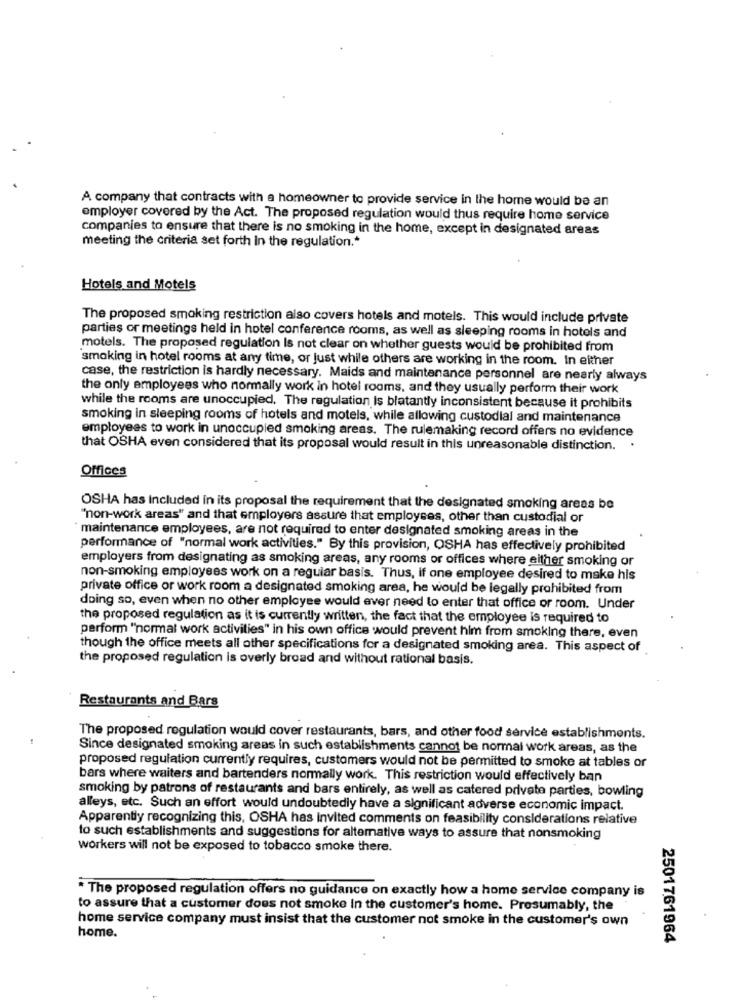
A company that contracts with a homeowner to provide service in the home would be an
employer covered by the Act. The proposed regulation would thus require home service
companies to ensure that there is no smoking in the home, except in designated areas
meeting the criteria set forth In the regulation .*
Hotels and Motels
The proposed smoking restriction also covers hotels and motels. This would include private
parties or meetings held in hotel conference rooms, as well as sleeping rooms in hotels and
motels. The proposed regulation Is not clear on whether guests would be prohibited from
smoking in hotel rooms at any time, or just while others are working in the room. In either
case, the restriction is hardly necessary. Maids and maintenance personnel are nearly always
the only employees who normally work in hotel rooms, and they usually perform their work
while the rooms are unoccupied. The regulation Is blatantly inconsistent because it prohibits
smoking in sleeping rooms of hotels and motels, while allowing custodial and maintenance
employees to work in unoccupied smoking areas. The rulemaking record offers no evidence
that OSHA even considered that its proposal would result in this unreasonable distinction.
.
Offices
OSHA has Included in its proposal the requirement that the designated smoking areas be
"non-work areas" and that employers assure that employses, other than custodial or
maintenance employees, are not required to enter designated smoking areas in the
performance of "normal work activities." By this provision, OSHA has effectively prohibited
employers from designating as smoking areas, any rooms or offices where either smoking or
non-smoking employees work on a regular basis. Thus, if one employee desired to make his
private office or work room a designated smoking area, he would be legally prohibited from
doing so, even when no other employee would ever need to enter that office or room. Under
the proposed regulation as it is currently written, the fact that the employee is required to
perform "normal work activities" in his own office would prevent him from smoking there, even
though the office meets all other specifications for a designated smoking area. This aspect of
the proposed regulation is overly broad and without rational basis.
Restaurants and Bars
The proposed regulation would cover restaurants, bars, and other food service establishments.
Since designated smoking areas in such establishments cannot be normal work areas, as the
proposed regulation currently requires, customers would not be permitted to smoke at tables or
bars where waiters and bartenders normally work. This restriction would effectively ban
smoking by patrons of restaurants and bars entirely, as well as catered private parties, bowling
alleys, etc. Such an effort would undoubtedly have a significant adverse economic impact.
Apparently recognizing this, OSHA has invited comments on feasibility considerations relative
to such establishments and suggestions for alternative ways to assure that nonsmoking
workers will not be exposed to tobacco smoke there.
* The proposed regulation offers no guidance on exactly how a home service company is
to assure that a customer does not smoke In the customer's home. Presumably, the
home service company must insist that the customer not smoke in the customer's own
home.
2501761964